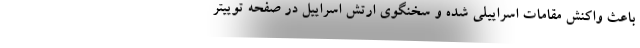
باعث واکنش مقامات اسراییلی شده و سخنگوی ارتش اسراییل در صفحه توییتر